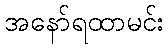
အနော်ရထာမင်း